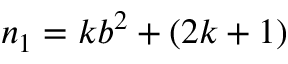
n _ { 1 } = k b ^ { 2 } + ( 2 k + 1 )